Scottish Leaving Certificate Examination, 1960
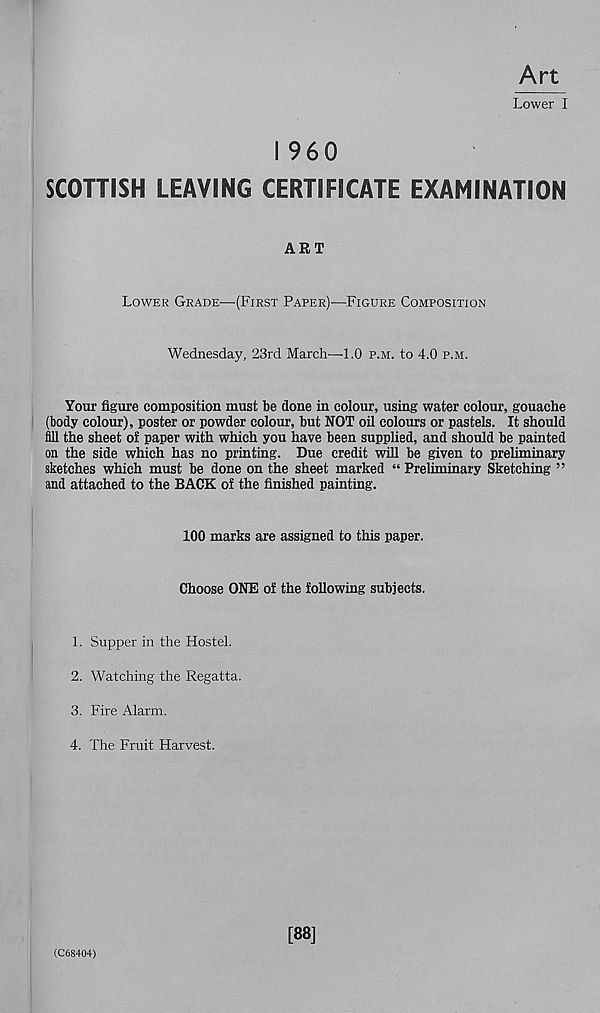
Art
Lower I
I 960
SCOTTISH LEAVING CERTIFICATE EXAMINATION
ART
Lower Grade—(First Paper)—Figure Composition
Wednesday, 23rd March—1.0 p.m. to 4.0 p.m.
Your figure composition must be done in colour, using water colour, gouache
(body colour), poster or powder colour, but NOT oil colours or pastels. It should
fill the sheet of paper with which you have been supplied, and should be painted
on the side which has no printing. Due credit will be given to preliminary
sketches which must be done on the sheet marked “ Preliminary Sketching ”
and attached to the BACK of the finished painting.
100 marks are assigned to this paper.
Choose ONE of the following subjects.
1. Supper in the Hostel.
2. Watching the Regatta.
3. Fire Alarm.
4. The Fruit Harvest.
(C68404)
[88]